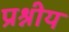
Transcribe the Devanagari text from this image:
प्रश्नीय